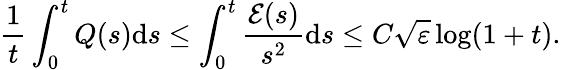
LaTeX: \frac{1}{t}\int_{0}^{t}Q(s)\mathrm{d}s\leq\int_{0}^{t}\frac{\mathcal{E}(s)}{s^{2}}\mathrm{d}s\leq C\sqrt{\varepsilon}\log(1+t).